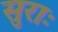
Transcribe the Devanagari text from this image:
सुराः